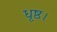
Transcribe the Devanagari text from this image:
धृष्ठ।